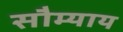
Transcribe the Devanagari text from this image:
सौम्याय